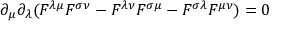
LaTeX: \partial _ { \mu } \partial _ { \lambda } ( F ^ { \lambda \mu } F ^ { \sigma \nu } - F ^ { \lambda \nu } F ^ { \sigma \mu } - F ^ { \sigma \lambda } F ^ { \mu \nu } ) = 0